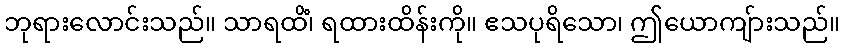
ဘုရားလောင်းသည်။ သာရထိံ၊ ရထားထိန်းကို။ ဧသပုရိသော၊ ဤယောကျ်ားသည်။